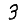
Digit: 3